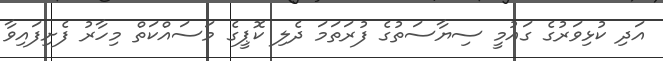
އަދި ކުޅިވަރުގެ ގައުމީ ސިޔާސަތުގެ ފުރަތަމަ ދެލި ކޮޕީގެ މަސައްކަތް މިހާރު ފެށިފައިވާ